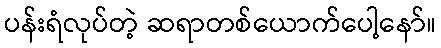
ပန်းရံလုပ်တဲ့ ဆရာတစ်ယောက်ပေါ့နော်။